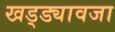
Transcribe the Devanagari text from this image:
खड्ड्यावजा